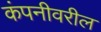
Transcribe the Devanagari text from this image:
कंपनीवरील